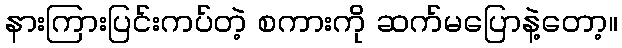
နားကြားပြင်းကပ်တဲ့ စကားကို ဆက်မပြောနဲ့တော့။